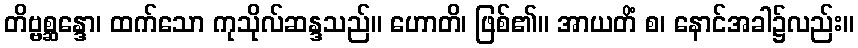
တိဗ္ဗစ္ဆန္ဒော၊ ထက်သော ကုသိုလ်ဆန္ဒသည်။ ဟောတိ၊ ဖြစ်၏။ အာယတိံ စ၊ နောင်အခါ၌လည်း။